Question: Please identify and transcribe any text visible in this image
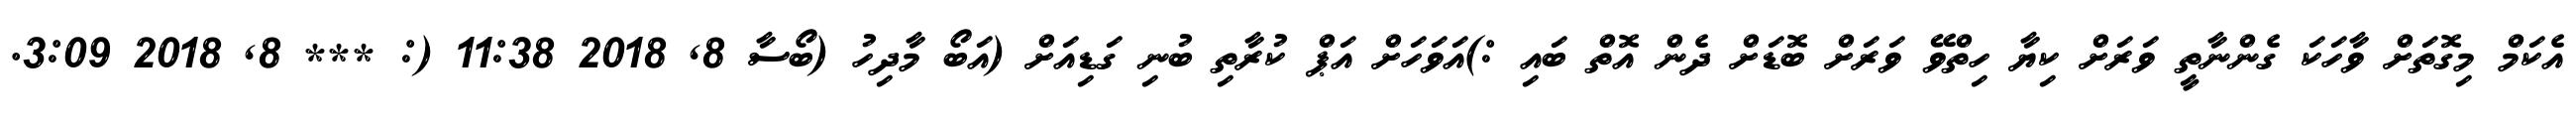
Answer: އެކަމް މިގޮތަށް ވާހަކަ ގެންނާތީ ވަރަށް ކިޔާ ހިތްވޭ ވަރަށް ބޮޑަށް ދެން އޮތް ބައި :)އަވަހަށް އަޕް ކުރާތި ބުނި ގަޑިއަށް (އަބޯ މާދިހު (ބޯސާ 8, 2018 11:38 (: *** 8, 2018 3:09.